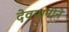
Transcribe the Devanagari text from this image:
देवयानीने